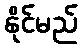
နိုင်မည်